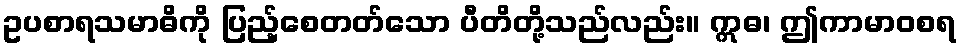
ဥပစာရသမာဓိကို ပြည့်စေတတ်သော ပီတိတို့သည်လည်း။ ဣဓ၊ ဤကာမာဝစရ